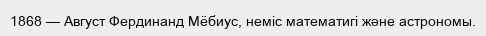
1868 — Август Фердинанд Мёбиус, неміс математигі және астрономы.